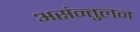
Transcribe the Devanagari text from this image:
असंन्तुलन